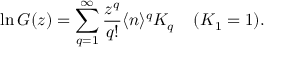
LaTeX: \ln G ( z ) = \sum _ { q = 1 } ^ { \infty } \frac { z ^ { q } } { q ! } \langle n \rangle ^ { q } K _ { q } \; \; \; \; ( K _ { 1 } = 1 ) .